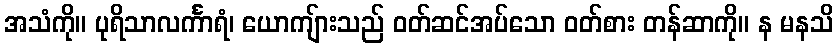
အသံကို။ ပုရိသာလင်္ကာရံ၊ ယောကျ်ားသည် ဝတ်ဆင်အပ်သော ဝတ်စား တန်ဆာကို။ န မနသိ